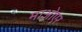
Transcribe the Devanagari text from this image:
माओएर